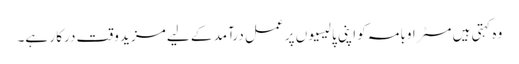
وہ کہتی ہیں مسٹر اوبامہ کو اپنی پالیسیوں پر عمل درآمد کے لیے مزید وقت درکا ر ہے۔